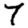
Digit: 7